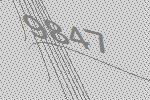
9847